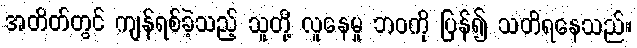
အတိတ်တွင် ကျန်ရစ်ခဲ့သည့် သူတို့ လူနေမှု ဘဝကို ပြန်၍ သတိရနေသည်။